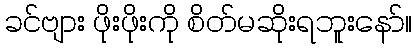
ခင်ဗျား ဖိုးဖိုးကို စိတ်မဆိုးရဘူးနော်။